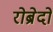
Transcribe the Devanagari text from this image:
रोब्रेदो